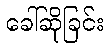
ခေါ်ဆိုခြင်း